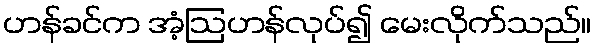
ဟန်ခင်က အံ့ဩဟန်လုပ်၍ မေးလိုက်သည်။